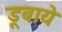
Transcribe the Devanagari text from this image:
डूबाये